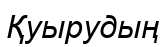
Қуырудың